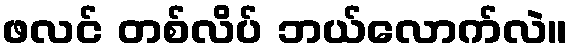
ဖလင် တစ်လိပ် ဘယ်လောက်လဲ။